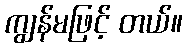
ကျွန်မဖြင့် တယ်။